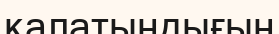
қалатындығын